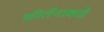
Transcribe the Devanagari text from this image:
कीर्तनाकडे